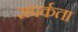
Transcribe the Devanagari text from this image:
संपर्कता